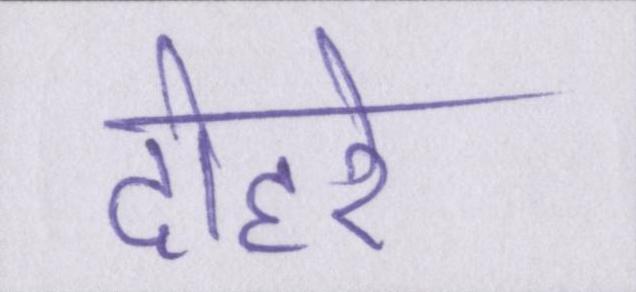
दोहरे